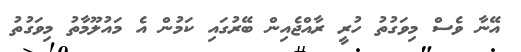
އޭނާ ވެސް މިވަގުތު ހުރީ ރާއްޖެއިން ބޭރުގައި ކަމުން އެ މައުލޫމާތު މިވަގުތު